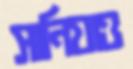
সানিয়াও